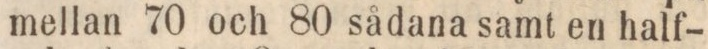
mellan 70 och 80 sådana samt en half-